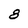
Character: 8